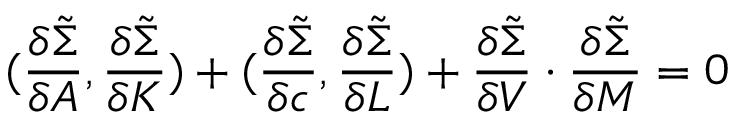
( { \frac { \delta \tilde { \Sigma } } { \delta A } } , { \frac { \delta \tilde { \Sigma } } { \delta K } } ) + ( { \frac { \delta \tilde { \Sigma } } { \delta c } } , { \frac { \delta \tilde { \Sigma } } { \delta L } } ) + { \frac { \delta \tilde { \Sigma } } { \delta V } } \cdot { \frac { \delta \tilde { \Sigma } } { \delta M } } = 0